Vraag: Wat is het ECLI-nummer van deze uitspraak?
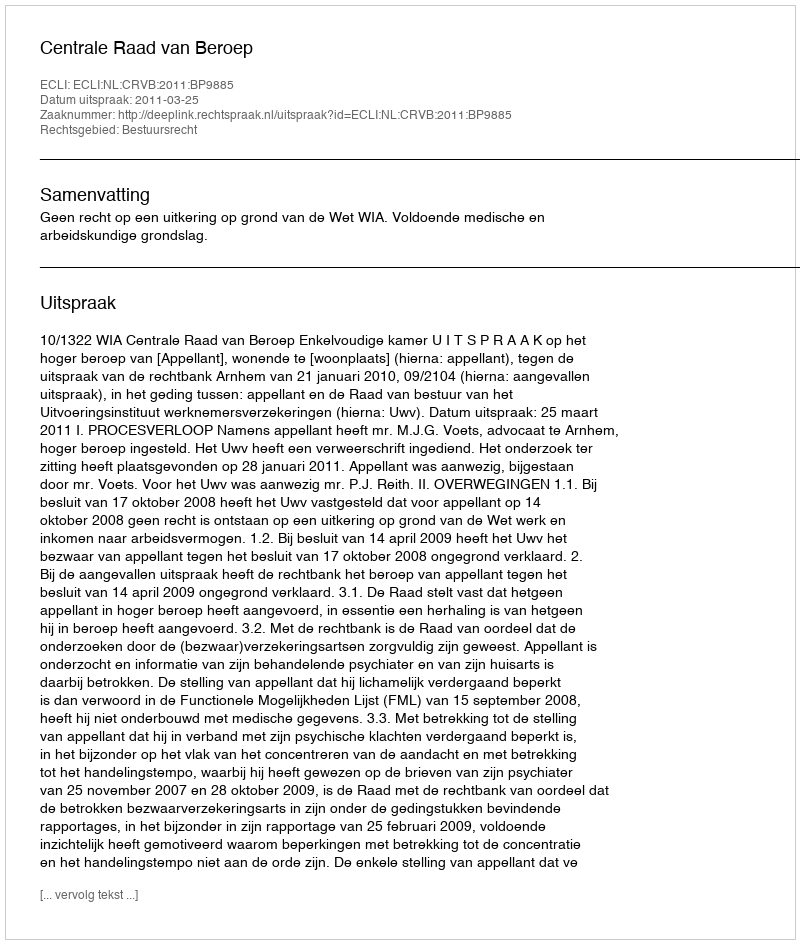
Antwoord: ECLI:NL:CRVB:2011:BP9885